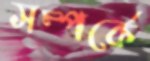
সম্পর্কে